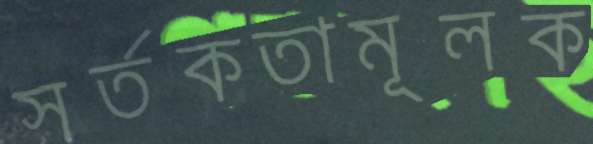
সর্তকতামূলক